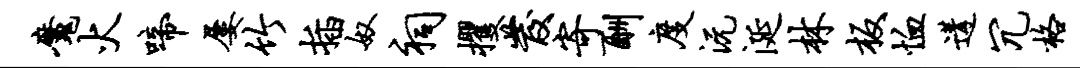
魔火啼屡竹插奴祠攫发寄酬度沅涎林板恤遘冗格